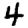
Digit: 4